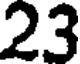
23